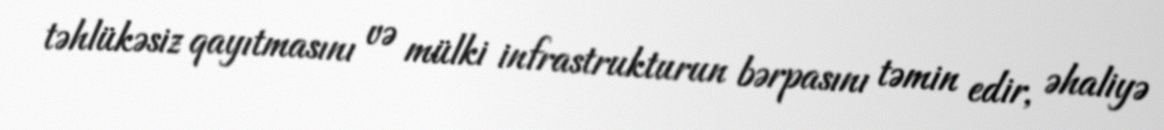
təhlükəsiz qayıtmasını və mülki infrastrukturun bərpasını təmin edir, əhaliyə